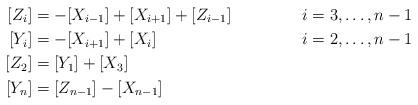
LaTeX: \begin{align*} [Z_i] &= -[X_{i-1}] + [X_{i+1}] + [Z_{i-1}] & \; i=3,\ldots,n-1\\ [Y_i]&=-[X_{i+1}]+[X_i] & \; i=2,\ldots,n-1\\ [Z_2]&=[Y_1]+[X_3]\\ [Y_n]&=[Z_{n-1}]-[X_{n-1}]\end{align*}